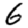
Digit: 6